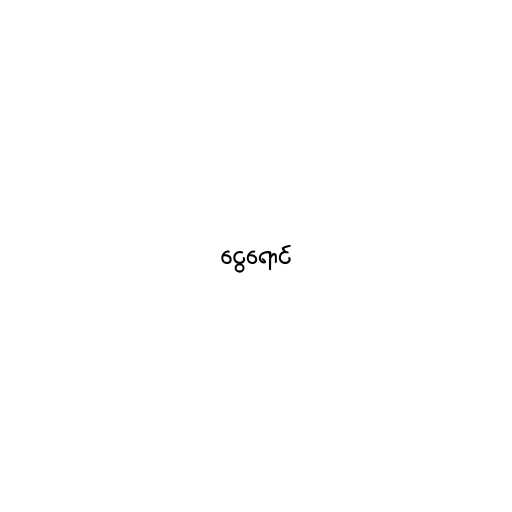
ငွေရောင်